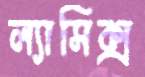
ল্যাসিক্স